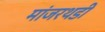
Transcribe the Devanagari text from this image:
मांजरथडी